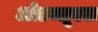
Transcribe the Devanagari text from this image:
ओडब्लूएल